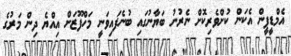
އެމްޑީޕީން އެކަން ކުށްވެރިކޮށް ނެރުނު ބަޔާނުގައި ބުނެފައިވަނީ މަހްފޫޒަށް އިއްޔެ ދިން މަރުގެ